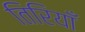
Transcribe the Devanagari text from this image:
तिरियाँ